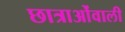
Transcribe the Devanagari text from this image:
छात्राओंवाली